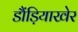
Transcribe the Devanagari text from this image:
डौंड़ियाखेर